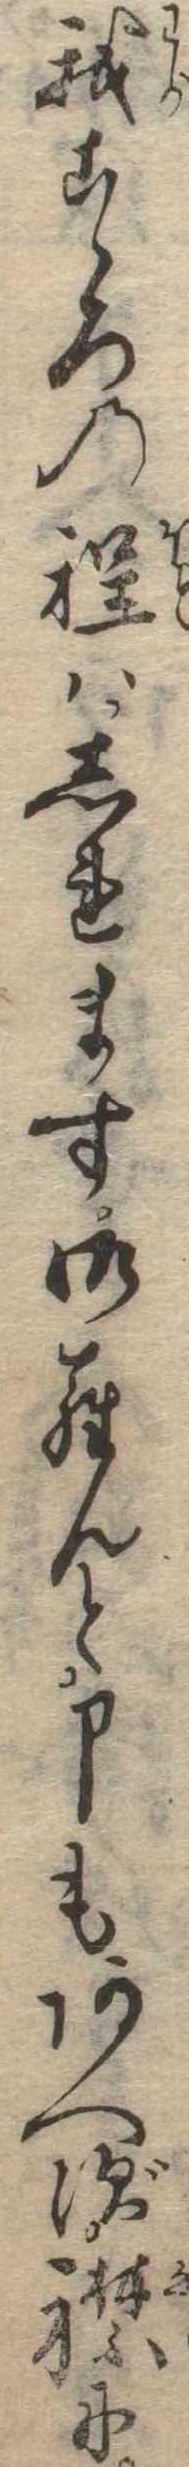
我こゝろの程はしれます御らんと申もあへず襟に